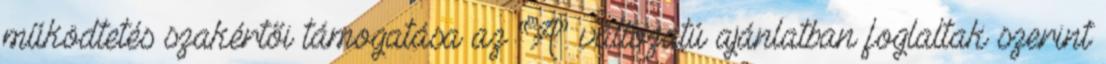
működtetés szakértői támogatása az “A” változatú ajánlatban foglaltak szerint